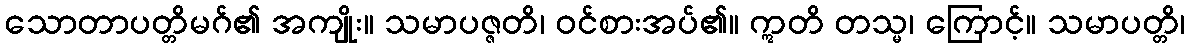
သောတာပတ္တိမဂ်၏ အကျိုး။ သမာပဇ္ဇတိ၊ ဝင်စားအပ်၏။ ဣတိ တသ္မ၊ ကြောင့်။ သမာပတ္တိ၊